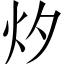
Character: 㶤